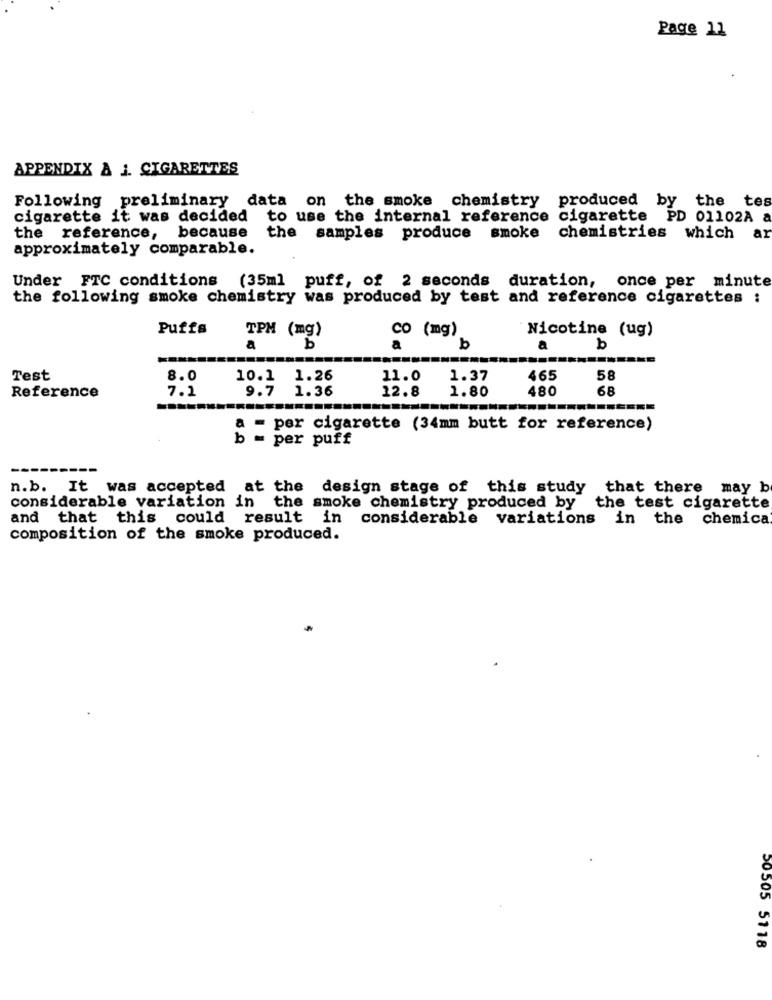
Page 11
APPENDIX & J. CIGARETTES
Following preliminary data on the smoke chemistry produced by the tes
cigarette it was decided to use the internal reference cigarette PD 01102A a
ar
the reference, because the samples produce smoke chemistries which
approximately comparable.
Under FTC conditions (35ml puff, of 2 seconds duration, once per minute
the following smoke chemistry was produced by test and reference cigarettes :
Puffs
co (mg)
Nicotine (ug)
TPM (mg)
a
b
a
b
b
Test
8.0
10.1 1.26
11.0
1.37
465
58
Reference
7.1
9.7 1.36
12.8
1.80
480
68
a = per cigarette (34mm butt for reference)
b = per puff
n.b. It was accepted at the design stage of this study
that there may b
considerable variation in the smoke chemistry produced by
the test cigarette
and that this could result in considerable variations in the chemica
composition of the smoke produced.
50505 5118